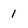
Character: 1